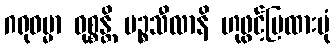
ဂရုဓမ္မာ ဝုစ္စန္တိ ပဉ္စသီလာနိ ဟုဖွင့်ပြထားပုံ